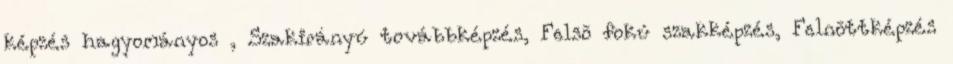
képzés hagyományos , Szakirányú továbbképzés, Felsõ fokú szakképzés, Felnõttképzés